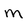
Character: M